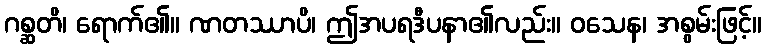
ဂစ္ဆတိ၊ ရောက်၏။ ဏတဿာပိ၊ ဤအပရဒီပနာ၏လည်း။ ဝသေန၊ အစွမ်းဖြင့်။